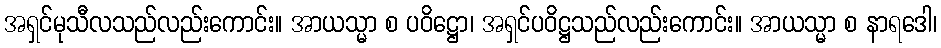
အရှင်မုသီလသည်လည်းကောင်း။ အာယသ္မာ စ ပဝိဋ္ဌော၊ အရှင်ပဝိဋ္ဌသည်လည်းကောင်း။ အာယသ္မာ စ နာရဒေါ၊